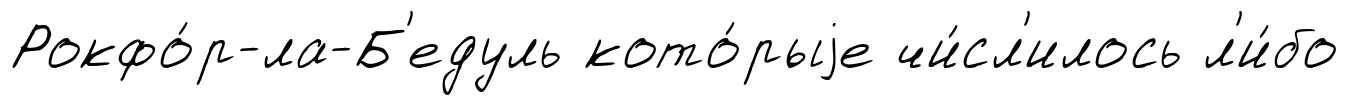
Рокфо́р-ла-Б'едуль кото́рыjе чи́сл'илось л'и́бо